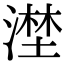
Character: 漜